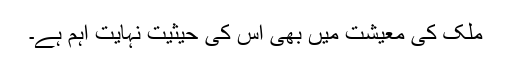
ملک کی معیشت میں بھی اس کی حیثیت نہایت اہم ہے۔